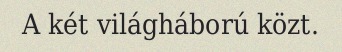
A két világháború közt.